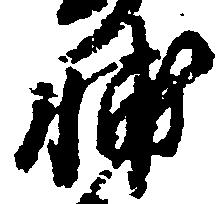
輔